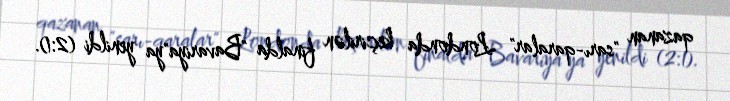
qazanan "sarı-qaralar" Londonda keçirilən finalda "Bavariya"ya yenildi (2:1).